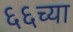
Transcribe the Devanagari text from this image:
६६च्या